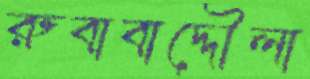
রুবাবাদ্দৌলা